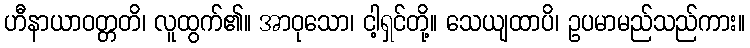
ဟီနာယာဝတ္တတိ၊ လူထွက်၏။ အာဝုသော၊ ငါ့ရှင်တို့။ သေယျထာပိ၊ ဥပမာမည်သည်ကား။